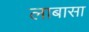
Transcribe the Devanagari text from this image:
लाबासा